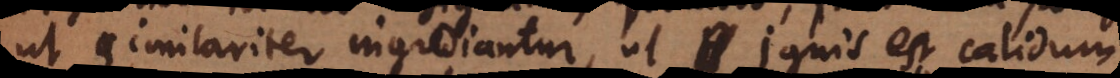
ut similariter ingrediantur, ut ignis est calidum